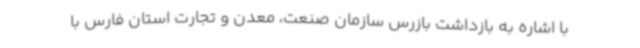
با اشاره به بازداشت بازرس سازمان صنعت، معدن و تجارت استان فارس با